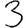
Digit: 3